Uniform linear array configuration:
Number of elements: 64
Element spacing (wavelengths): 0.25
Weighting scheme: hamming
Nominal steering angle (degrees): -15
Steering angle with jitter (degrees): -13.19
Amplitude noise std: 0.05
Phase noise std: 0.05

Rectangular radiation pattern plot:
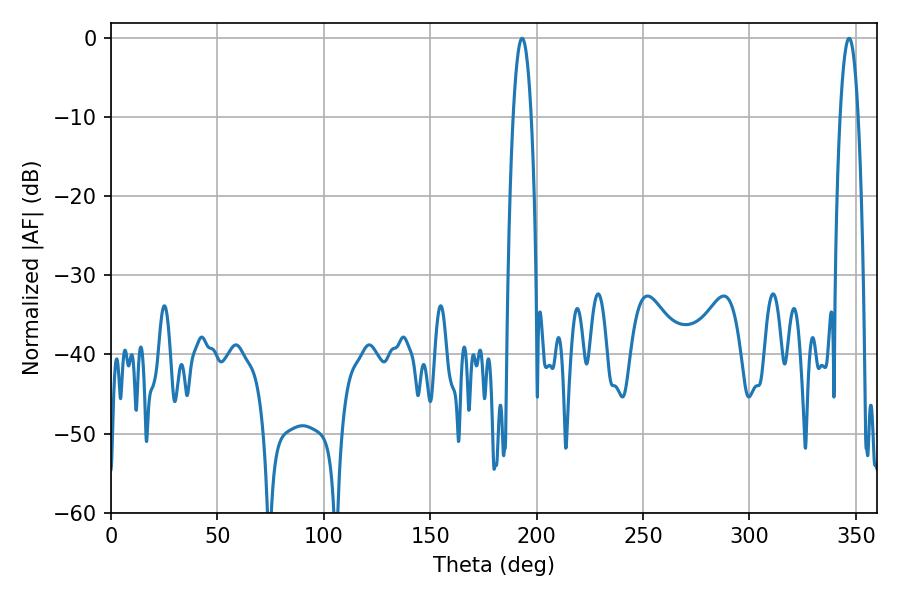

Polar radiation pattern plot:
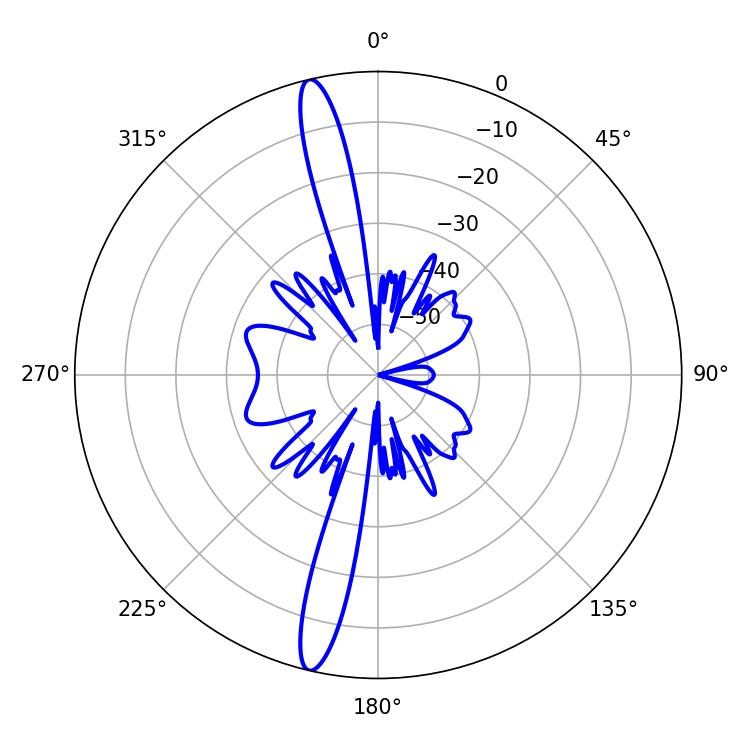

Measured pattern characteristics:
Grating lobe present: FALSE
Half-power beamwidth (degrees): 4.68
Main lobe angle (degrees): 193.14